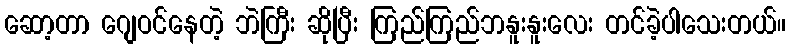
ဆော့တာ ဂျေဝင်နေတဲ့ ဘဲကြီး ဆိုပြီး ကြည်ကြည်ဘနူးနူးလေး တင်ခဲ့ပါသေးတယ်။